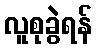
လူစုခွဲရန်